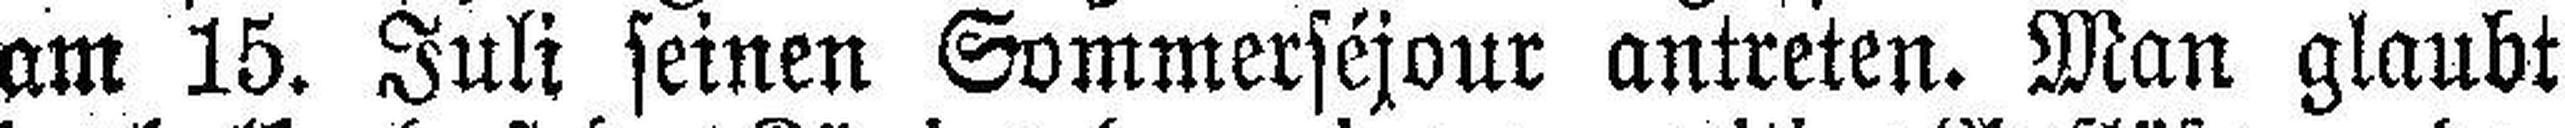
am 15. Juli seinen Sommerséjour antreten. Man glaubt